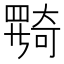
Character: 𡚎